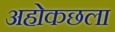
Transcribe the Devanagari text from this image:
अहोकछला